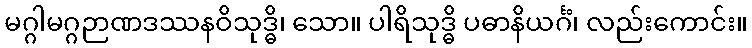
မဂ္ဂါမဂ္ဂဉာဏဒဿနဝိသုဒ္ဓိ၊ သော။ ပါရိသုဒ္ဓိ ပဓာနိယင်္ဂံ၊ လည်းကောင်း။